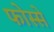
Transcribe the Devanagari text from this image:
फोस्से